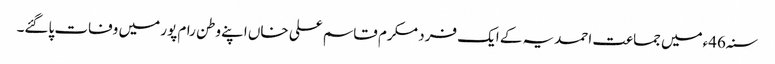
سنہ46ءمیں جماعت احمدیہ کے ایک فرد مکرم قاسم علی خاں اپنے وطن رام پور میں وفات پاگئے۔